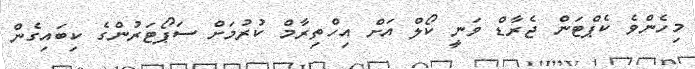
މިހެންވެ ކެޕްޓަން ޖެރާޑް ވަނީ ކޯލް އަށް އިހްތިރާމް ކުރުމަށް ސަޕޯޓަރުންގެ ކިބައިގެން